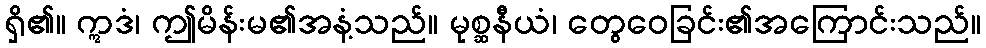
ရှိ၏။ ဣဒံ၊ ဤမိန်းမ၏အနံ့သည်။ မုစ္ဆနီယံ၊ တွေဝေခြင်း၏အကြောင်းသည်။